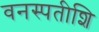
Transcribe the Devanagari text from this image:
वनस्पतीशि